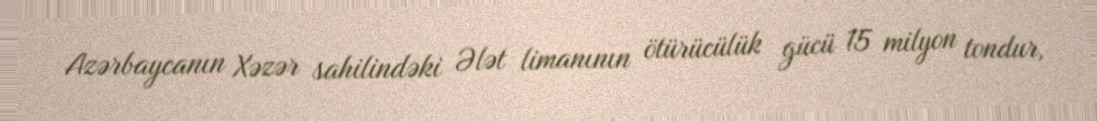
Azərbaycanın Xəzər sahilindəki Ələt limanının ötürücülük gücü 15 milyon tondur,